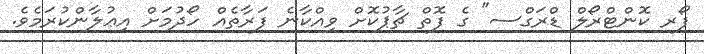
ފޯރ ކޮންޓްރޯލް ޑްރަގްސ" ގެ ފޮތް ޗާޕުކޮށް ވިއްކާނެ ފަރާތެއް ހޯދުމަށް އިޢުލާންކުރަމެވެ.